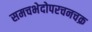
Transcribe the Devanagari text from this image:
समचभेदोपरचनचक्र